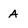
Character: A